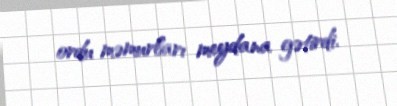
ordu məmurları meydana gətirdi.